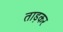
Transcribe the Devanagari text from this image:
ताड़कर